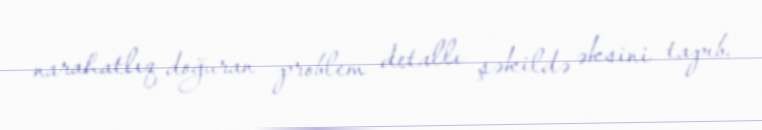
narahatlıq doğuran problem detallı şəkildə əksini tapıb.